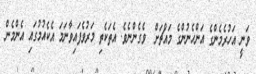
ވަނީ އަހުރެމެންގެ އަންހެނުންގެ މައްޗަށް  ވެގެންނެވެ. އެތަކެތި މަރުވެފައިވާނަމަ އެކެއުމުގައި އެންމެން